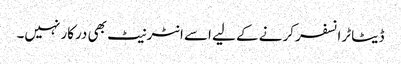
ڈیٹا ٹرانسفر کرنے کے لیے اسے انٹرنیٹ بھی درکار نہیں۔